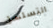
التسلسل